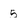
Character: 5